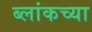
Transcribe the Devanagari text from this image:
ब्लांकच्या